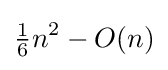
{\tfrac {1}{6}}n^{2}-O(n)